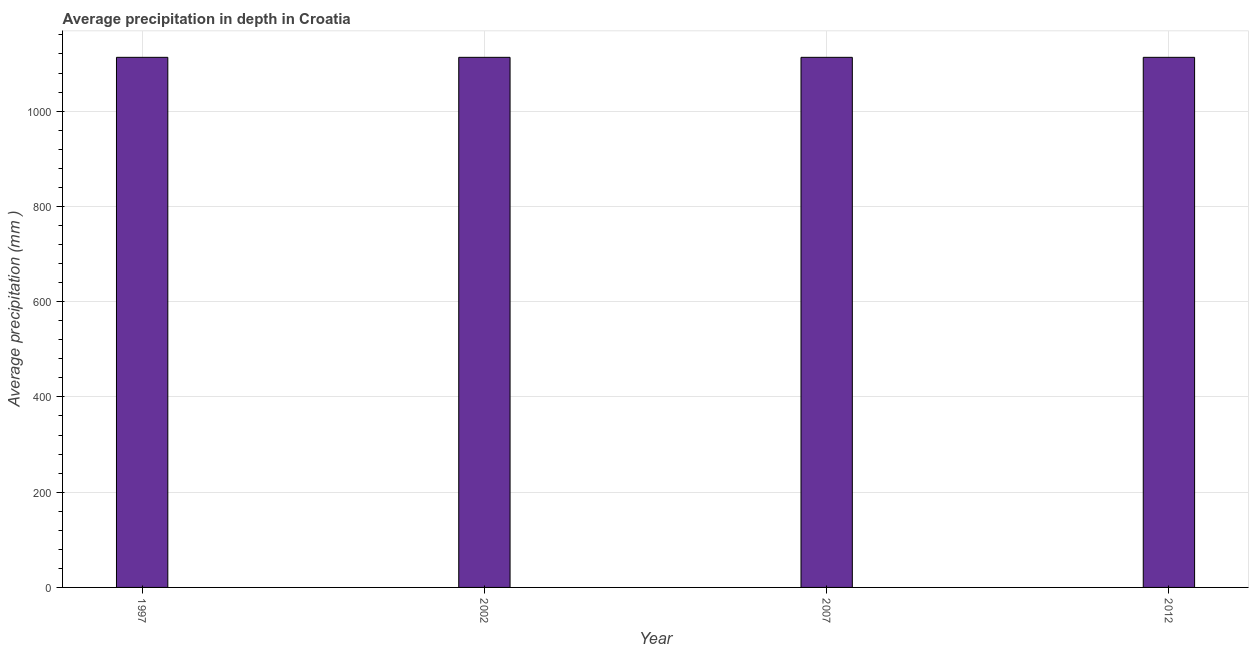
| Year | Average precipitation in depth |
 | --- | --- |
 | 1997 | 1.11e+03 |
 | 2002 | 1.11e+03 |
 | 2007 | 1.11e+03 |
 | 2012 | 1.11e+03 |